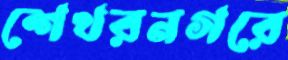
শেখরনগরে